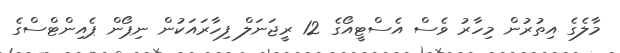
މާލެގެ އިތުރުން މިހާރު ވެސް އެސްޓީއޯގެ 12 ރީޖަނަލް ފިހާރައަކުން ނިޕޯން ޕެއިންޓްސްގެ